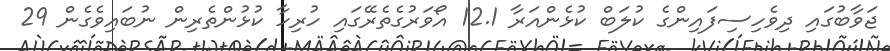
ޖަވާބުގައި ދިވެހިސިފައިންގެ ކުލަބް ކުޅެންއަރާ 12.1 އޯވަރުގެތެރޭގައި ހުރިހާ ކުޅުންތެރިން ނުބައިވެގެން 29